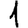
Digit: 1